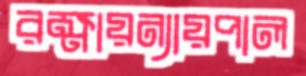
রক্ষায়ন্যায়পাল